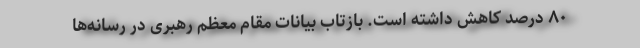
۸۰ درصد کاهش داشته است. بازتاب بیانات مقام معظم رهبری در رسانه‌ها